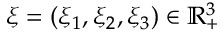
\xi = ( \xi _ { 1 } , \xi _ { 2 } , \xi _ { 3 } ) \in \mathbb { R } _ { + } ^ { 3 }